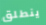
ينطلق